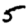
Digit: 5